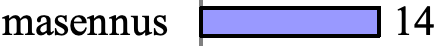
masennus     14